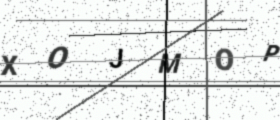
Text: XOJMOP